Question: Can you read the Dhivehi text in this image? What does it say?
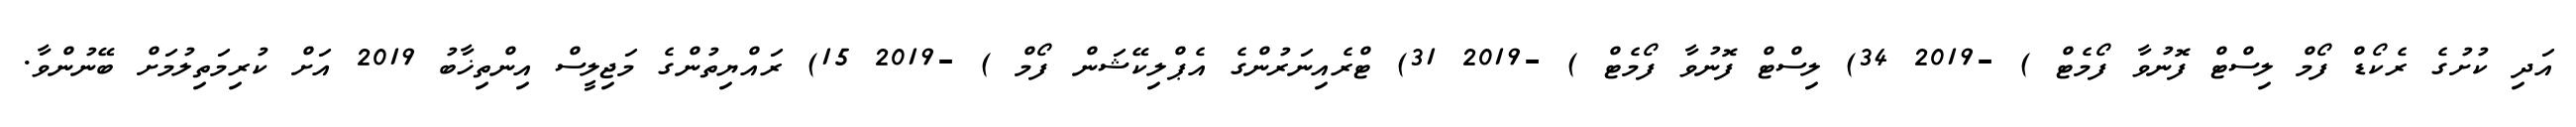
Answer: އަދި ކުށުގެ ރެކޯޑް ފޯމް ލިސްޓް ފޮނުވާ ފޯމެޓް ) -2019 34) ލިސްޓް ފޮނުވާ ފޯމެޓް ) -2019 31) ޓްރެއިނަރުންގެ އެޕްލިކޭޝަން ފޯމް ) -2019 15) ރައްޔިތުންގެ މަޖިލީސް އިންތިޚާބު 2019 އަށް ކުރިމަތިލުމަށް ބޭނުންވާ.